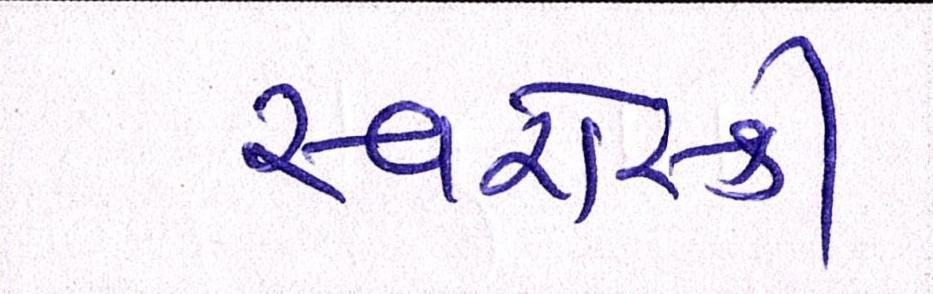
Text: સ્વરોસ્કી